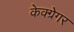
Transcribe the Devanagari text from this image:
केक्ग्रेगर